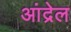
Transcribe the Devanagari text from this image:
आंद्रेल